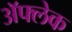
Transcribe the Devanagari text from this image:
अॅफ्लेक